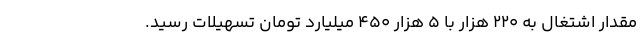
مقدار اشتغال به ۲۲۰ هزار با ۵ هزار ۴۵۰ میلیارد تومان تسهیلات رسید.